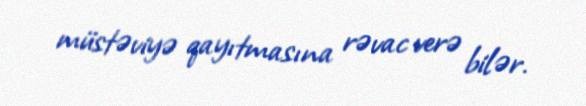
müstəviyə qayıtmasına rəvac verə bilər.